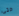
حتى